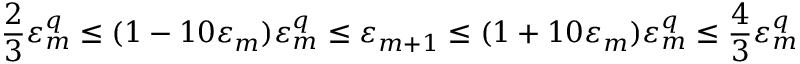
\frac 2 3 \varepsilon _ { m } ^ { q } \leq ( 1 - 1 0 \varepsilon _ { m } ) \varepsilon _ { m } ^ { q } \leq \varepsilon _ { m + 1 } \leq ( 1 + 1 0 \varepsilon _ { m } ) \varepsilon _ { m } ^ { q } \leq \frac 4 3 \varepsilon _ { m } ^ { q }